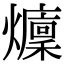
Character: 𤒢